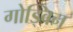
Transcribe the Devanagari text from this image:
गोड्विन